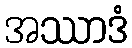
အဿာဒံ